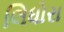
લિધોરા